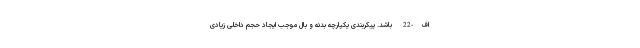
اف-22 باشد. پیکربندی یکپارچه بدنه و بال موجب ایجاد حجم داخلی زیادی